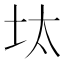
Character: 𡊀